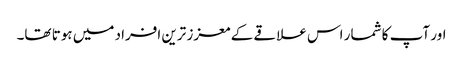
اور آپ کا شمار اس علاقے کے معزز ترین افراد میں ہوتا تھا۔